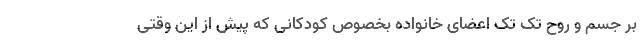
بر جسم و روح تک تک اعضای خانواده بخصوص کودکانی که پیش از این وقتی